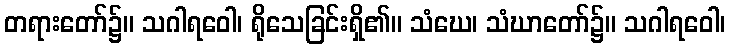
တရားတော်၌။ သဂါရဝေါ၊ ရိုသေခြင်းရှိ၏။ သံဃေ၊ သံဃာတော်၌။ သဂါရဝေါ၊